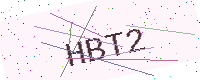
Text: HBT2